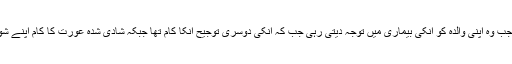
انکا کہنا تھا کہ زندگی میں ایک ایسا بھی وقت آیا جب وہ اپنی والدہ کو انکی بیماری میں توجہ دیتی رہی جب کہ انکی دوسری توجیح انکا کام تھا جبکہ شادی شدہ عورت کا کام اپنے شوہر ، گھر اور اپنے بچوں کا دھیان رکھنا ہوتا ہے۔